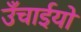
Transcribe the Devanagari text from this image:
उँचाईयो